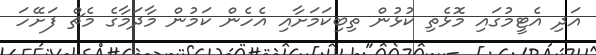
އަދި އެޓީމުގައި މޮޅެތި ކުޅުން ތިބިކަމަށާއި އެހެން ކަމުން މާދަމާގެ މެޗް ފަށޭހަ